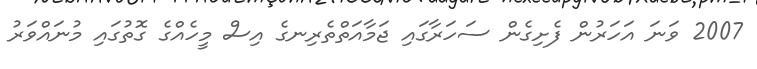
2007 ވަނަ އަހަރުން ފެށިގެން ސަހަރާގައި ޖަމާއަތްތެރިނގެ އިސް މީހެއްގެ ގޮތުގައި މުނައްވަރު